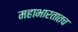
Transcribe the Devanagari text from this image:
महाभारतातच